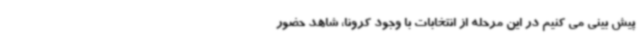
پیش بینی می کنیم در این مرحله از انتخابات با وجود کرونا، شاهد حضور